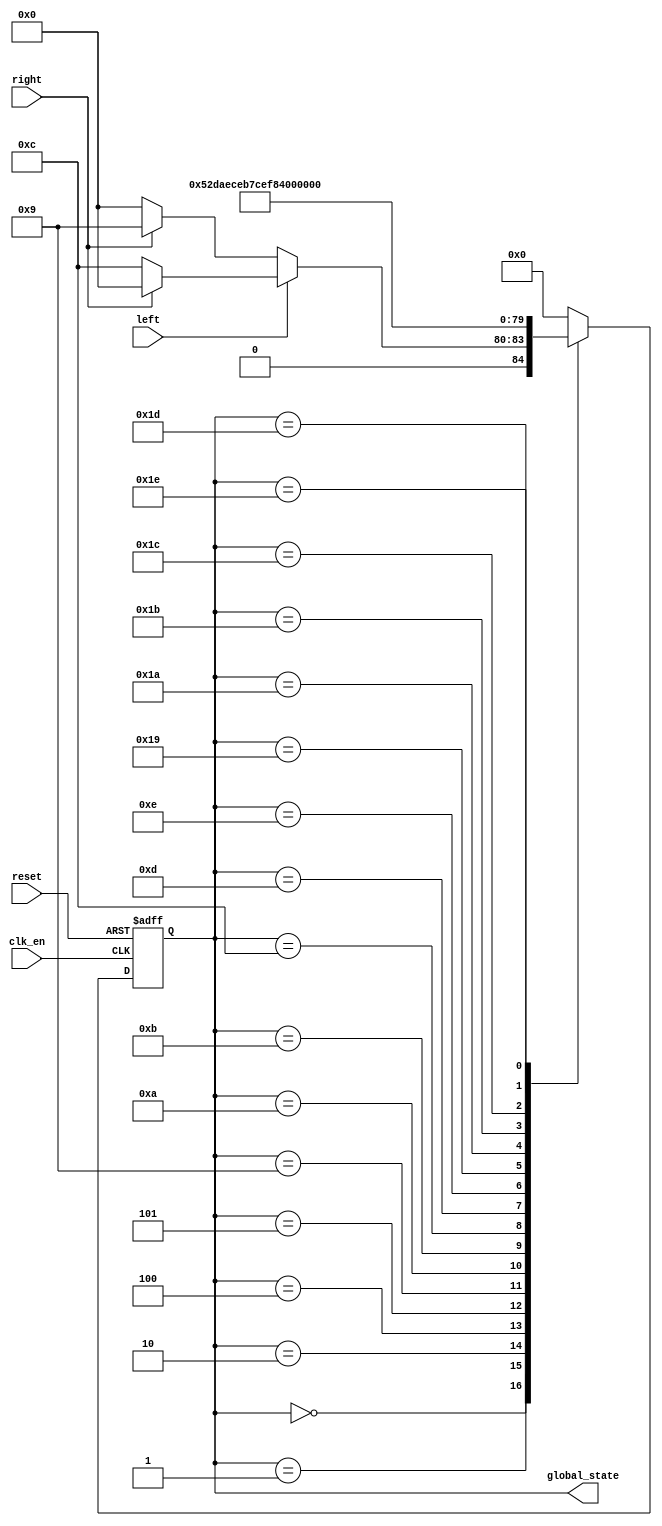
`timescale 1ns / 1ps
//////////////////////////////////////////////////////////////////////////////////
// Company: 
// Engineer: 
// 
// Design Name: 
// Module Name: FSM
// Project Name: 
// Target Devices: 
// Tool Versions: 
// Description: 
// 
// Dependencies: 
// 
// Revision:
// Revision 0.01 - File Created
// Additional Comments:
// 
//////////////////////////////////////////////////////////////////////////////////


module FSM( 
    input clk_en,
    input reset,
    input left,
    input right,
    
    output [4:0] global_state
    );
    reg [4:0] state_n;
    reg [4:0] state_p;
    
    // normal light
    parameter S0 = 5'b00000;
    parameter S1 = 5'b00001;
    parameter S2 = 5'b00010;
    parameter S3 = 5'b00011;
    parameter S4 = 5'b00100;
    parameter S5 = 5'b00101;
    parameter S6 = 5'b00110;
    
    // dimmed
    parameter Sd1 = 5'b01001;
    parameter Sd2 = 5'b01010;
    parameter Sd3 = 5'b01011;
    parameter Sd4 = 5'b01100;
    parameter Sd5 = 5'b01101;
    parameter Sd6 = 5'b01110;
    
    // dimmed faster
    parameter Sf1 = 5'b11001;
    parameter Sf2 = 5'b11010;
    parameter Sf3 = 5'b11011;
    parameter Sf4 = 5'b11100;
    parameter Sf5 = 5'b11101;
    parameter Sf6 = 5'b11110;
    
    always @ (posedge clk_en, posedge reset) //state register
        if (reset) state_p <= S0;
        else       state_p <= state_n;
    always @ (*) begin // next state logic
        case (state_p)
            S0:     begin
                    if (left) begin 
                        if (right)
                            state_n = S0;
                        else
                            state_n = Sd4;
                    end else begin
                        if (right)
                            state_n = Sd1;
                        else 
                            state_n = S0;
                        end
                    end
            S1:     state_n = Sd2;
            S2:     state_n = Sd3;
            S3:     state_n = S0;
            S4:     state_n = Sd5;
            S5:     state_n = Sd6;
            S6:     state_n = S0;
            Sd1:    state_n = Sf1;
            Sd2:    state_n = Sf2;
            Sd3:    state_n = Sf3;
            Sd4:    state_n = Sf4;
            Sd5:    state_n = Sf5;
            Sd6:    state_n = Sf6;
            Sf1:    state_n = S1;
            Sf2:    state_n = S2;
            Sf3:    state_n = S3;
            Sf4:    state_n = S4;
            Sf5:    state_n = S5;
            Sf6:    state_n = S6;
            default: state_n = S0;
        endcase
     end
    
    assign global_state = state_p;
    
    
endmodule